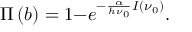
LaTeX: \qquad \qquad \qquad \qquad \qquad \quad \quad \quad \Pi \left( b \right) = 1 - e ^ { - \frac { \alpha } { h \nu _ { 0 } } I ( { \nu _ { 0 } } ) } . \qquad \qquad \qquad \qquad \qquad \qquad \quad \quad ( 8 ^ { \prime } )